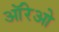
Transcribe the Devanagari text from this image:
ऑरेओ